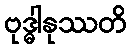
ဗုဒ္ဓါနုဿတိ